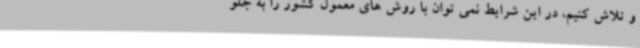
و تلاش کنیم، در این شرایط نمی توان با روش های معمول کشور را به جلو